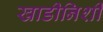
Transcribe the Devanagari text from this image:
खाडीनिशी